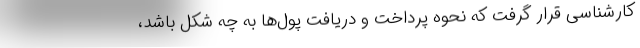
کارشناسی قرار گرفت که نحوه پرداخت و دریافت پول‌ها به چه شکل باشد،